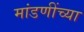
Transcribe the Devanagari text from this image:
मांडणींच्या